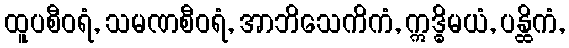
ထူပစီဝရံ, သမဏစီဝရံ, အာဘိသေကိကံ, ဣဒ္ဓိမယံ, ပန္ထိကံ,